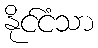
နိုင်ငံသာ